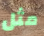
مثل